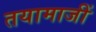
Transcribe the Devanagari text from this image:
तयामाजीं